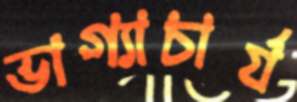
ভাগ্যাচার্য